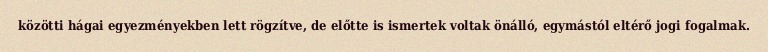
közötti hágai egyezményekben lett rögzítve, de előtte is ismertek voltak önálló, egymástól eltérő jogi fogalmak.